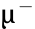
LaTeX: \upmu^{-}